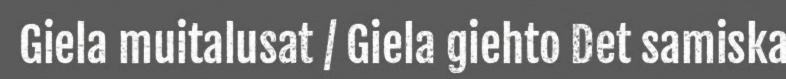
Giela muitalusat / Giela giehto Det samiska